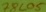
Text: 78L05